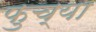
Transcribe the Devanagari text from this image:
फुच्या